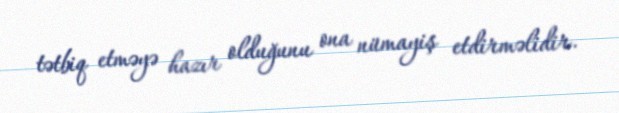
tətbiq etməyə hazır olduğunu ona nümayiş etdirməlidir.